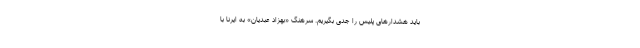
باید هشدارهای پلیس را جدی بگیریم. سرهنگ «بهزاد عبدیان» به ایرنا با